King Institute of Preventive Medicine Micro-Biological Section reports 1912-19
Year: 1912
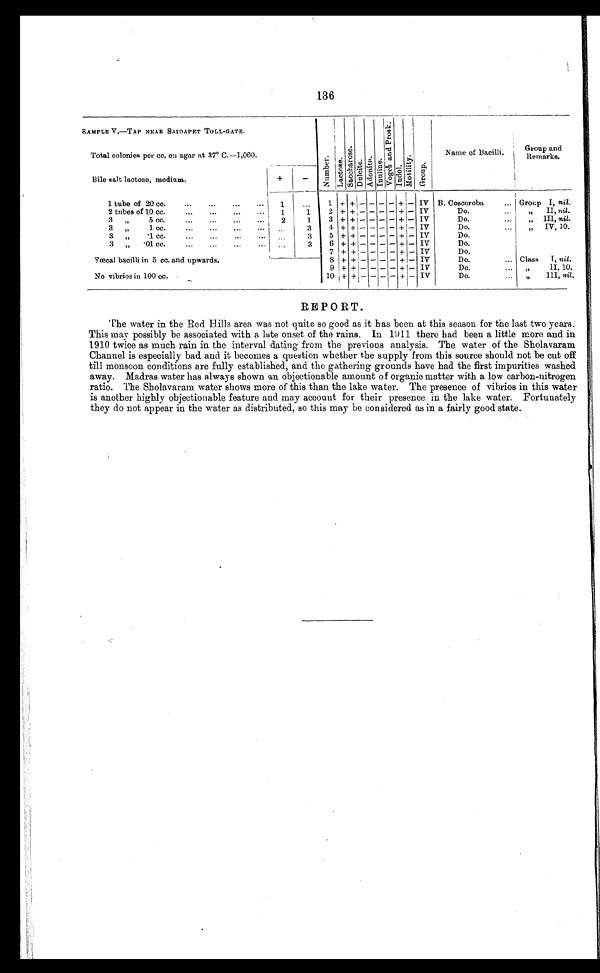
136
SAMPLE V.—TAP NEAR SAIDAPET TOLL-GATE.
N u m b e r . L a c t o s e .
Sa c c ha r os e . D u l u c i t e . A d o n i t e . I n u l i n e .
V o g e s a n d P r o s k . Indol.Mot i l i t y.Group.
Name of Bacilli.
Group and
Remarks.
Total colonies per cc. on agar at 37° C.—1,060.
Bile salt lactose, medium.
+
-
1 tube of 20 cc.
1
. . .
1 + +
- - - - +
- IV B. Coscoroba
... Group I, nil.
2 tubes of 10 cc.
1
1
2 + + - - - - + - IV
Do.
...
„
II, nil.
3 „
5 cc.
2
1
3 + + - - - - + - IV
Do.
...
„ I I I ,
n i l
.
3 „
1 cc.
...
...
...
...
. . .
3
4 + + - - - - + - IV
Do.
...
„ I V , 1 0 .
3 „ .1 cc.
...
...
...
...
. . .
3
5 + + - - - - + - IV
Do.
3 „
.01 cc. ... ... ...
. . .
3
6 + + - - - - + - IV
Do.
7 + + - - - - + - IV
Do.
Fœcal bacilli in 5 cc. and upwards.
8 + + - - - - + - IV
Do.
... Class I, nil.
9 + + - - - - + - IV
Do.
...
„ I I , 1 0 .
No vibrios in 100 cc.
10 + + - - - - + - IV
Do.
...
„ III, nil.
REPORT.
The water in the Red Hills area was not quite so good as it has been at this season for the last two years.
This may possibly be associated with a late onset of the rains. In 1911 there had been a little more and in
1910 twice as much rain in the interval dating from the previous analysis. The water of the Sholavaram.
Channel is especially bad and it becomes a question whether the supply from this source should not be cut off
till monsoon conditions are fully established, and the gathering grounds have had the first impurities washed
away. Madras water has always shown an objectionable amount of organic matter with a low carbon-nitrogen
ratio. The Sholavaram water shows more of this than the lake water. The presence of vibrios in this water
is another highly objectionable feature and may account for their presence in the lake water. Fortunately
they do not appear in the water as distributed, so this may be considered as in a fairly good state.